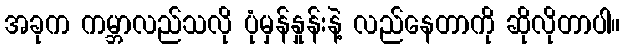
အခုက ကမ္ဘာလည်သလို ပုံမှန်နှုန်းနဲ့ လည်နေတာကို ဆိုလိုတာပါ။